Annual report of the Punjab Veterinary College and of the Civil Veterinary Department, Punjab - 1909-1919
Year: 1909
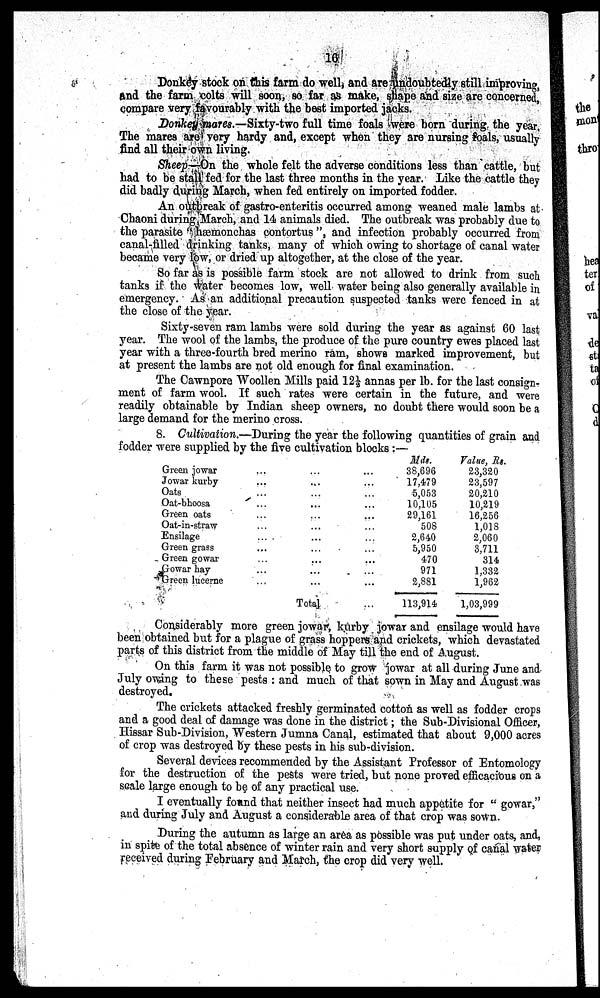
16
Donkey stock on this farm do well, and are undoubtedly still improving,
and the farm colts will soon, so far as make, shape and size are concerned,
compare very favourably with the best imported jacks.
Donkey mares.—Sixty-two full time foals were born during the year,
The mares are very hardy and, except when they are nursing foals, usually
find all their own living.
Sheep—On the whole felt the adverse conditions less than cattle, but
had to be stall fed for the last three months in the year. Like the cattle they
did badly during March, when fed entirely on imported fodder.
An outbreak of gastro-enteritis occurred among weaned male lambs at
Chaoni during March, and 14 animals died. The out break was probably due to
the parasite "hæmonehas contortus", and infection probably occurred from
canal-filled drinking tanks, many of which owing to shortage of canal water
became very low, or dried up altogether, at the close of the year.
So far as is possible farm stock are not allowed to drink from such
tanks if the water becomes low, well water being also generally available in
emergency. As an additional precaution suspected tanks were fenced in at
the close of the year.
Sixty-seven ram lambs were sold during the year as against 60 last:
year. The wool of the lambs, the produce of the pure country ewes placed last
year with a three-fourth bred merino ram, shows marked improvement, but
at present the lambs are not old enough for final examination.
The Cawnpore Woollen Mills paid 12½ annas per lb. for the last consign-
ment of farm wool. If such rates were certain in the future, and were
readily obtainable by Indian sheep owners, no doubt there would soon be a
large demand for the merino cross.
8. Cultivation.—During
the year the following quantities of grain and
fodder were supplied by the five cultivation blocks :—
Green
jowar..
...
...
JOWAR
Kurby...
...
...
Oats. ... ... ...
Oat
-bhoosa..
...
..
...
Green
oats...
...
...
...
Oat-in--straw... ... ...
Ensilage... ... ...
Green grass... ... ...
Green gowar... ....
Gowar hay... ... ...
Green lucerne... ... ...
Total...
Mds.
38,696
17,479
5,053
10,105
29,161
508
2,640
5,950
470
971
2,381
113,914
Value. Rs.
23,320
23,597
20,210
10,219
16,256
1,01
2,060
3,711
314
1,332
1,962
1,03,999
Considerably more green jowar, kurby jowar and ensilage would have
been obtained but for a plague of grass hoppers and crickets, which devastated
parts of this district from the middle of May till the end of August.
On this farm it was not possible to grow jowar at all during June and
July owing to these pests: and much of that sown in May and August was
destroyed.
The crickets attacked freshly germinated cotton as well as fodder crops
and a good deal of damage was done in the district; the Sub-Divisional Officer,
Hissar Sub-Division. Western Jumna Canal, estimated that about 9,000 acres
of crop was destroyed by these pests in his sub-division.
Several devices recommended by the Assistant Professor of Entomology
for the destruction of the pests were tried, but none proved efficacious on a
scale large enough to be of any practical use.
I eventually found that neither insect had much appetite for "gowar,"
and during July and August a considerable area of that crop was sown.
During the autumn as large an area as possible was put under oats and,
in spite of the total absence of winter rain and very short supply of canal water
received during February and March, the crop did very well.